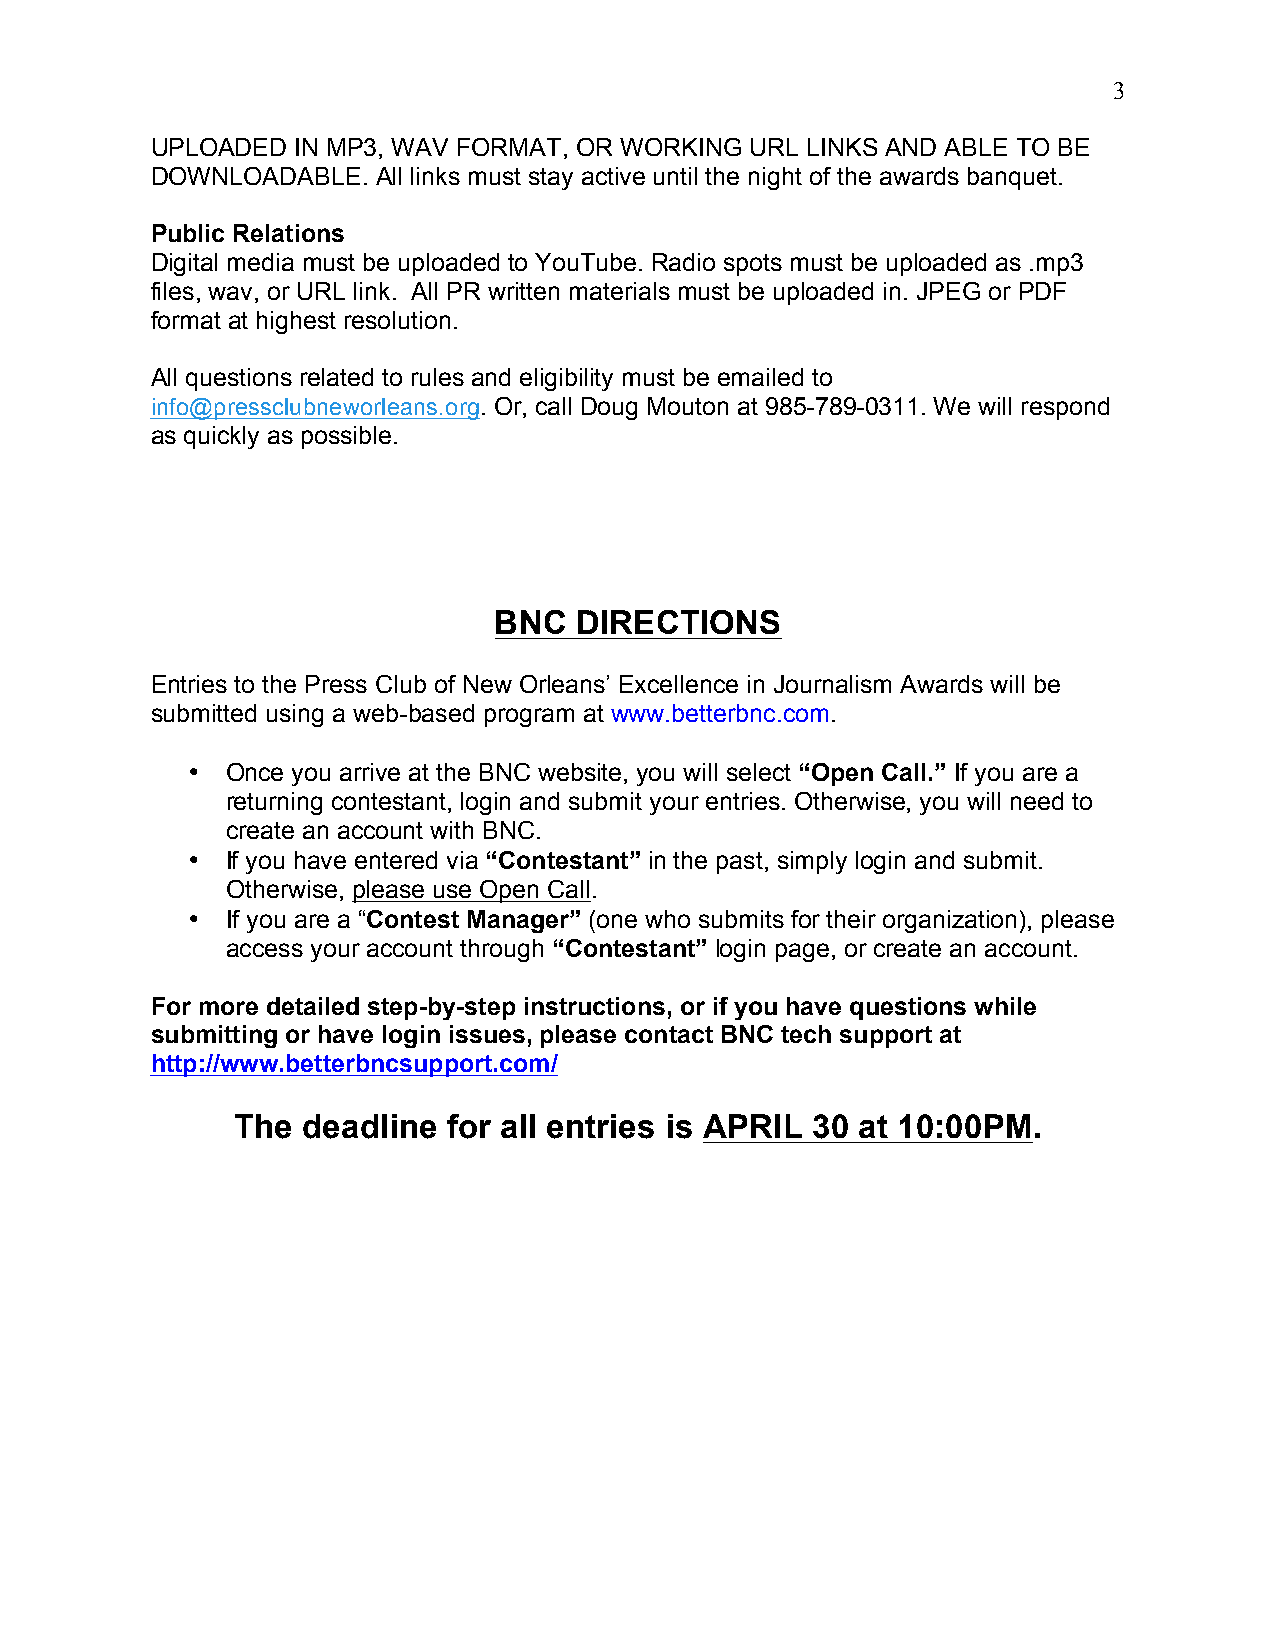
3
 UPLOADED  IN MP3, WAV FORMAT, OR WORKING URL LINKS AND ABLE TO BE
 DOWNLOADABLE.  All links must stay active until the night of the awards banquet.
 Public Relations
 Digital media must be uploaded to YouTube. Radio spots must be uploaded as .mp3
 files, wav, or URL link. All PR written materials must be uploaded in. JPEG or PDF
 format at highest resolution.
 All questions related to rules and eligibility must be emailed to
 info@pressclubneworleans.org. Or, call Doug Mouton at 985-789-0311. We will respond
 as quickly as possible.
 BNC  DIRECTIONS
 Entries to the Press Club of New Orleans’ Excellence in Journalism Awards will be
 submitted using a web-based program at www.betterbnc.com.
 •  Once you arrive at the BNC website, you will select “Open Call.” If you are a
 returning contestant, login and submit your entries. Otherwise, you will need to
 create an account with BNC.
 •  If you have entered via “Contestant” in the past, simply login and submit.
 Otherwise, please use Open Call.
 •  If you are a “Contest Manager” (one who submits for their organization), please
 access your account through “Contestant” login page, or create an account.
 For more detailed step-by-step instructions, or if you have questions while
 submitting or have login issues, please contact BNC tech support at
 http://www.betterbncsupport.com/
 The deadline  for all entries is APRIL 30 at 10:00PM.